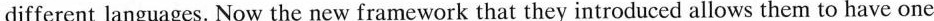
different languages. Now the new framework that they introduced allows them to have one